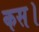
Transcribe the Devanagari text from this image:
कस।